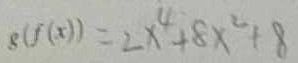
\delta ( f ( x ) ) = 2 x ^ { 4 } + 8 x ^ { 2 } + 8